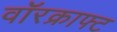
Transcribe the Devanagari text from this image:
वॉरक्राफ्ट